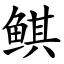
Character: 鲯